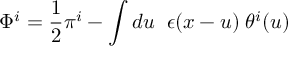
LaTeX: \Phi ^ { i } = \frac { 1 } { 2 } \pi ^ { i } - \int d u \; \; \epsilon ( x - u ) \; \theta ^ { i } ( u )